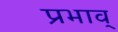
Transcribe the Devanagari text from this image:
प्रभाव्